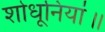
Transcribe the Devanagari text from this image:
शोधूनियां॥